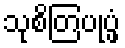
သုစိတြပုပ္ဖံ